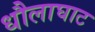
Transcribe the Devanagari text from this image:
धौलाघाट